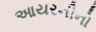
આયરનીનો